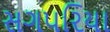
સગપરિયા